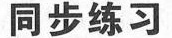
同步练习